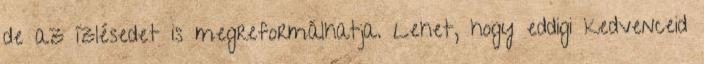
de az ízlésedet is megreformálhatja. Lehet, hogy eddigi kedvenceid